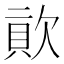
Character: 𣣬